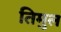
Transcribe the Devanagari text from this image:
तिमुल